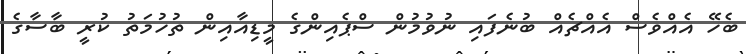
ބެހޭ އެއްވެސް އެއްޗެއް ބުނެފައި ނުވުމުން ސްޕެއިންގެ މީޑިއާއިން ތުހުމަތު ކުރީ ބާސާގެ